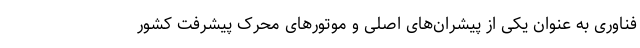
فناوری به عنوان یکی از پیشران‌های اصلی و موتورهای محرک پیشرفت کشور